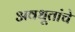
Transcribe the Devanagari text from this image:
अवधूतांचे